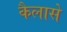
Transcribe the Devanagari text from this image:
कैलासे